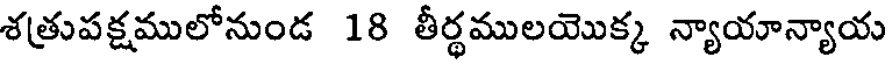
శత్రుపక్షములోనుండ 18 తీర్థములయొక్క న్యాయాన్యాయ